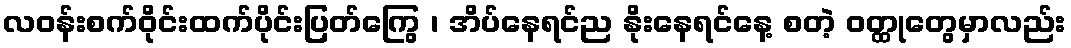
လဝန်းစက်ဝိုင်းထက်ပိုင်းပြတ်ကြွေ ၊ အိပ်နေရင်ည နိုးနေရင်နေ့ စတဲ့ ဝတ္ထုတွေမှာလည်း